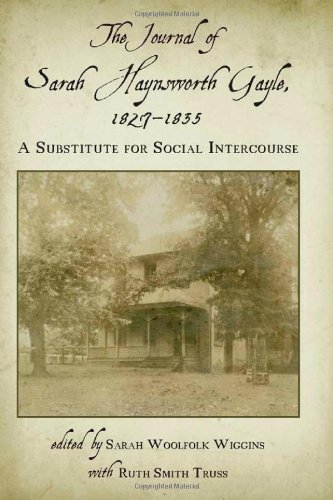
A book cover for The Journal of Sarah Haynsworth Gayle, 1827-1835: A Substitute for Social Intercourse; Sarah Haynsworth Gayle; Literature & Fiction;